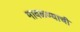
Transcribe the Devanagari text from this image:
मावळण्याची